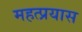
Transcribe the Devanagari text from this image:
महत्प्रयास